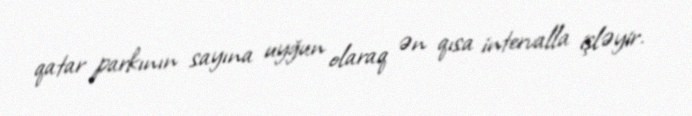
qatar parkının sayına uyğun olaraq ən qısa intervalla işləyir.